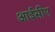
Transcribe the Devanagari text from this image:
आईसीए